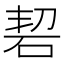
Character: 䂮